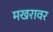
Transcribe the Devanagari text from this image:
मखरावर